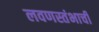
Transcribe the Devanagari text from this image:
लवणस्तंभाची